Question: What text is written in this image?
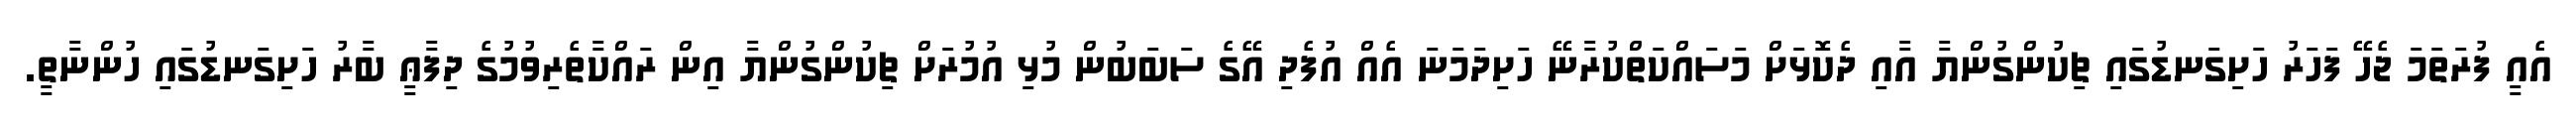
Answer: އެއީ ފުރަތަމަ ޖެހޭ ފަހަރު ހަށިގަނޑުގައި ޗިކުންގުންޔާ އާއި ދެކޮޅަށް މަސައްކަތްކުރާނޭ ހަށިދަމަނަ އެއް އުފެދި އޭގެ ސަބަބުން މުޅި އުމުރަށް ޗިކުންގުންޔާ އިން ރައްކާތެރިވުމުގެ ދިފާޢީ ބާރު ހަށިގަނޑުގައި ހުންނާތީ.